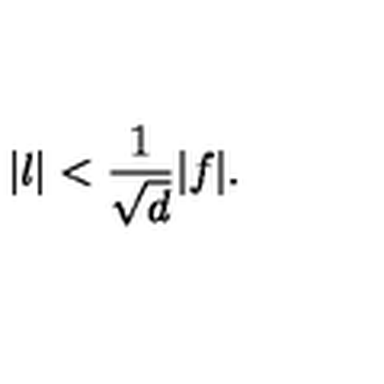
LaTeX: \vert l \vert < { \frac { 1 } { \sqrt { d } } } \vert f \vert .